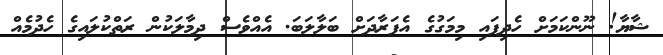
ޝާޔާ! ނޫންކަމަށް ހެދިފައި މިމަގުގެ އެފަރާދަށް ބަލާލަބަ. އެއްވެސް ދިމާލަކުން ރަތްކުލައިގެ ހެދުމެއް